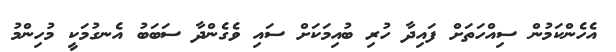
އެހެންކަމުން ސިއްހަތަށް ފައިދާ ހުރި ބުއިމަކަށް ސައި ވެގެންދާ ސަބަބު އެނގުމަކީ މުހިންމު